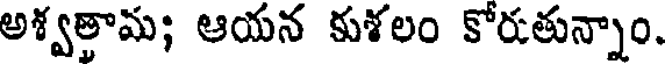
అశ్వతామ; ఆయన కుశలం కోరుతున్నాం.